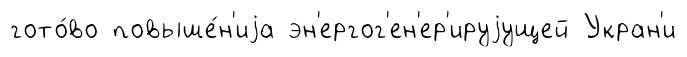
гото́во повыше́н'иjа эн'ергог'ен'ер'ируjущей Укран'и